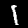
Digit: 1